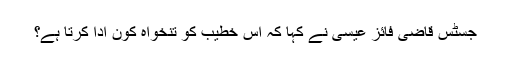
جسٹس قاضی فائز عیسی نے کہا کہ اس خطیب کو تنخواہ کون ادا کرتا ہے؟